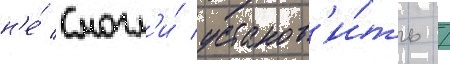
н'е́ смогл'и́ установ'и́ть /